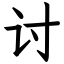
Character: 讨